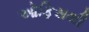
ઑફિસથી